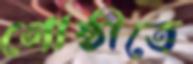
গোষ্ঠীতে